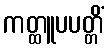
ကတ္ထူပပတ္တိံ